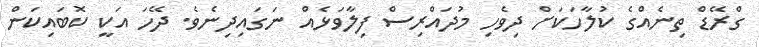
ގްރޭޑް ތިނެއްގެ ކުލާހަކަށް ދިވެހި މުދައްރިސް ފިލާވަޅެއް ނަގައިދިނެވެ. ދޭހަ އަކީ ކޮބައިކަން